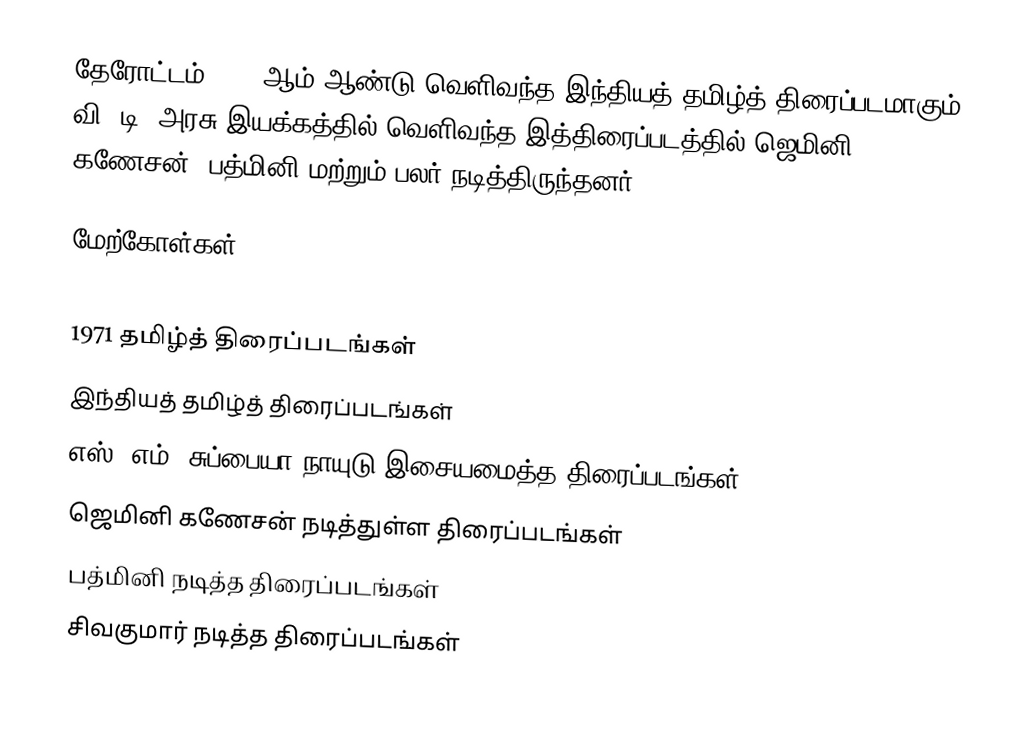
தேரோட்டம் 1971 ஆம் ஆண்டு வெளிவந்த இந்தியத் தமிழ்த் திரைப்படமாகும். வி. டி. அரசு இயக்கத்தில் வெளிவந்த இத்திரைப்படத்தில் ஜெமினி கணேசன், பத்மினி மற்றும் பலர் நடித்திருந்தனர்.

மேற்கோள்கள்

1971 தமிழ்த் திரைப்படங்கள்
இந்தியத் தமிழ்த் திரைப்படங்கள்
எஸ். எம். சுப்பையா நாயுடு இசையமைத்த திரைப்படங்கள்
ஜெமினி கணேசன் நடித்துள்ள திரைப்படங்கள்
பத்மினி நடித்த திரைப்படங்கள்
சிவகுமார் நடித்த திரைப்படங்கள்